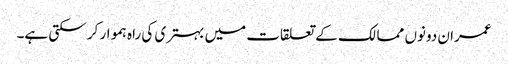
عمران دونوں ممالک کے تعلقات میں بہتری کی راہ ہموار کر سکتی ہے۔